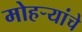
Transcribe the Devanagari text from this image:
मोहऱ्यांचे